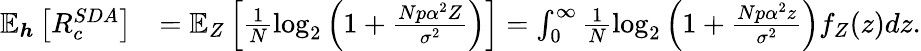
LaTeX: \begin{array}{rl}{\mathbb{E}_{\boldsymbol{h}}\left[R_{c}^{SDA}\right]}&{=\mathbb{E}_{Z}\left[\frac{1}{N}\mathrm{log}_{2}\left(1+\frac{Np\alpha^{2}Z}{\sigma^{2}}\right)\right]=\int_{0}^{\infty}\frac{1}{N}\mathrm{log}_{2}\left(1+\frac{Np\alpha^{2}z}{\sigma^{2}}\right)f_{Z}(z)dz.}\end{array}